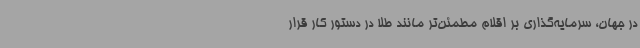
در جهان، سرمایه‌گذاری بر اقلام مطمئن‌تر مانند طلا در دستور کار قرار